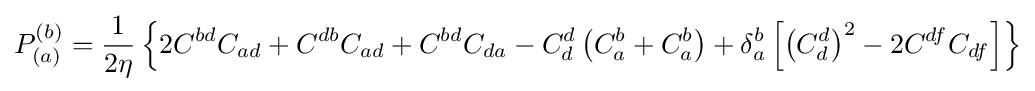
P_{(a)}^{(b)}={\frac {1}{2\eta }}\left\{2C^{bd}C_{ad}+C^{db}C_{ad}+C^{bd}C_{da}-C_{d}^{d}\left(C_{a}^{b}+C_{a}^{b}\right)+\delta _{a}^{b}\left[\left(C_{d}^{d}\right)^{2}-2C^{df}C_{df}\right]\right\}